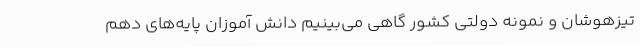
تیزهوشان و نمونه دولتی کشور گاهی می‌بینیم دانش آموزان پایه‌های دهم